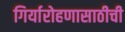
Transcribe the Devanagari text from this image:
गिर्यारोहणासाठीची